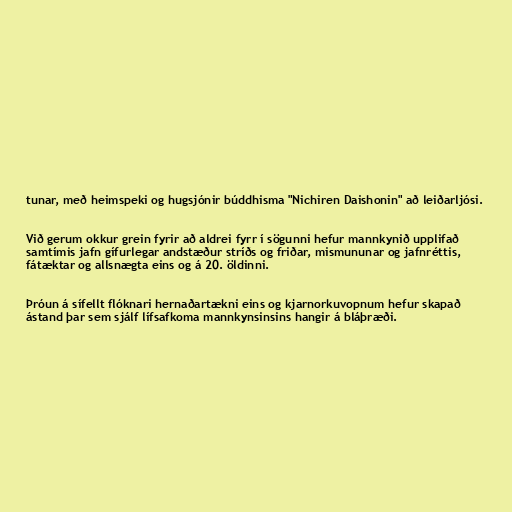
tunar, með heimspeki og hugsjónir búddhisma "Nichiren Daishonin" að leiðarljósi.

Við gerum okkur grein fyrir að aldrei fyrr í sögunni hefur mannkynið upplifað
samtímis jafn gífurlegar andstæður stríðs og friðar, mismununar og jafnréttis,
fátæktar og allsnægta eins og á 20. öldinni.

Þróun á sífellt flóknari hernaðartækni eins og kjarnorkuvopnum hefur skapað
ástand þar sem sjálf lífsafkoma mannkynsinsins hangir á bláþræði.